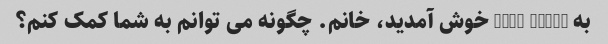
به lens magic خوش آمدید، خانم. چگونه می توانم به شما کمک کنم؟